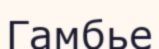
Гамбье